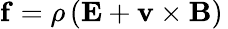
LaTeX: \mathbf{f}=\rho\left(\mathbf{E}+\mathbf{v}\times\mathbf{B}\right)\,